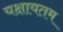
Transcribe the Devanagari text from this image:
यक्षायतम